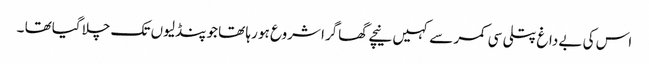
اس کی بے داغ پتلی سی کمر سے کہیں نیچے گھاگرا شروع ہو رہا تھا جو پنڈلیوں تک چلا گیاتھا ۔